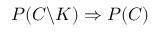
P ( C \backslash K ) \Rightarrow P ( C )